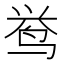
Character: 𱉰